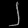
Digit: ၂